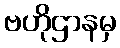
ဗဟိုဌာနမှ